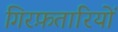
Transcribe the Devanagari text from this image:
गिरफ़तारियों